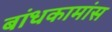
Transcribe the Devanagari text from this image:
बांधकामांस